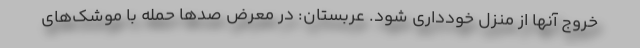
خروج آنها از منزل خودداری شود. عربستان: در معرض صدها حمله با موشک‌های